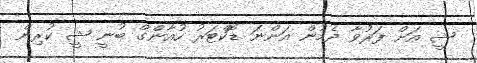
ޝީ އަށް ފަރުވާ ދެމުން އަންނަ ޑޮކްޓަރު ހުއާންގް ބުނީ ޝީ ކުރިން